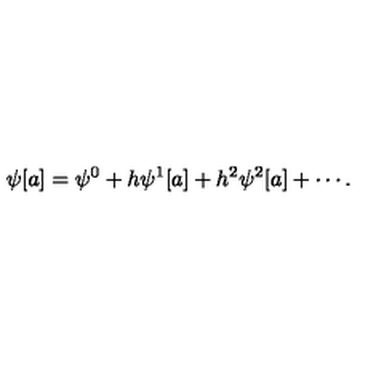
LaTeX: \psi [ a ] = \psi ^ { 0 } + h \psi ^ { 1 } [ a ] + h ^ { 2 } \psi ^ { 2 } [ a ] + \cdots .